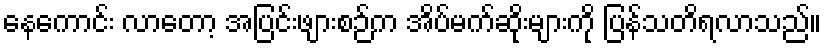
နေကောင်း လာတော့ အပြင်းဖျားစဉ်က အိပ်မက်ဆိုးများကို ပြန်သတိရလာသည်။